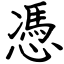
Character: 憑